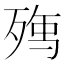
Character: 𭮘